65_HS1-834228961_62-HQ-83894_Section_6
Agency: FBI
Page 195
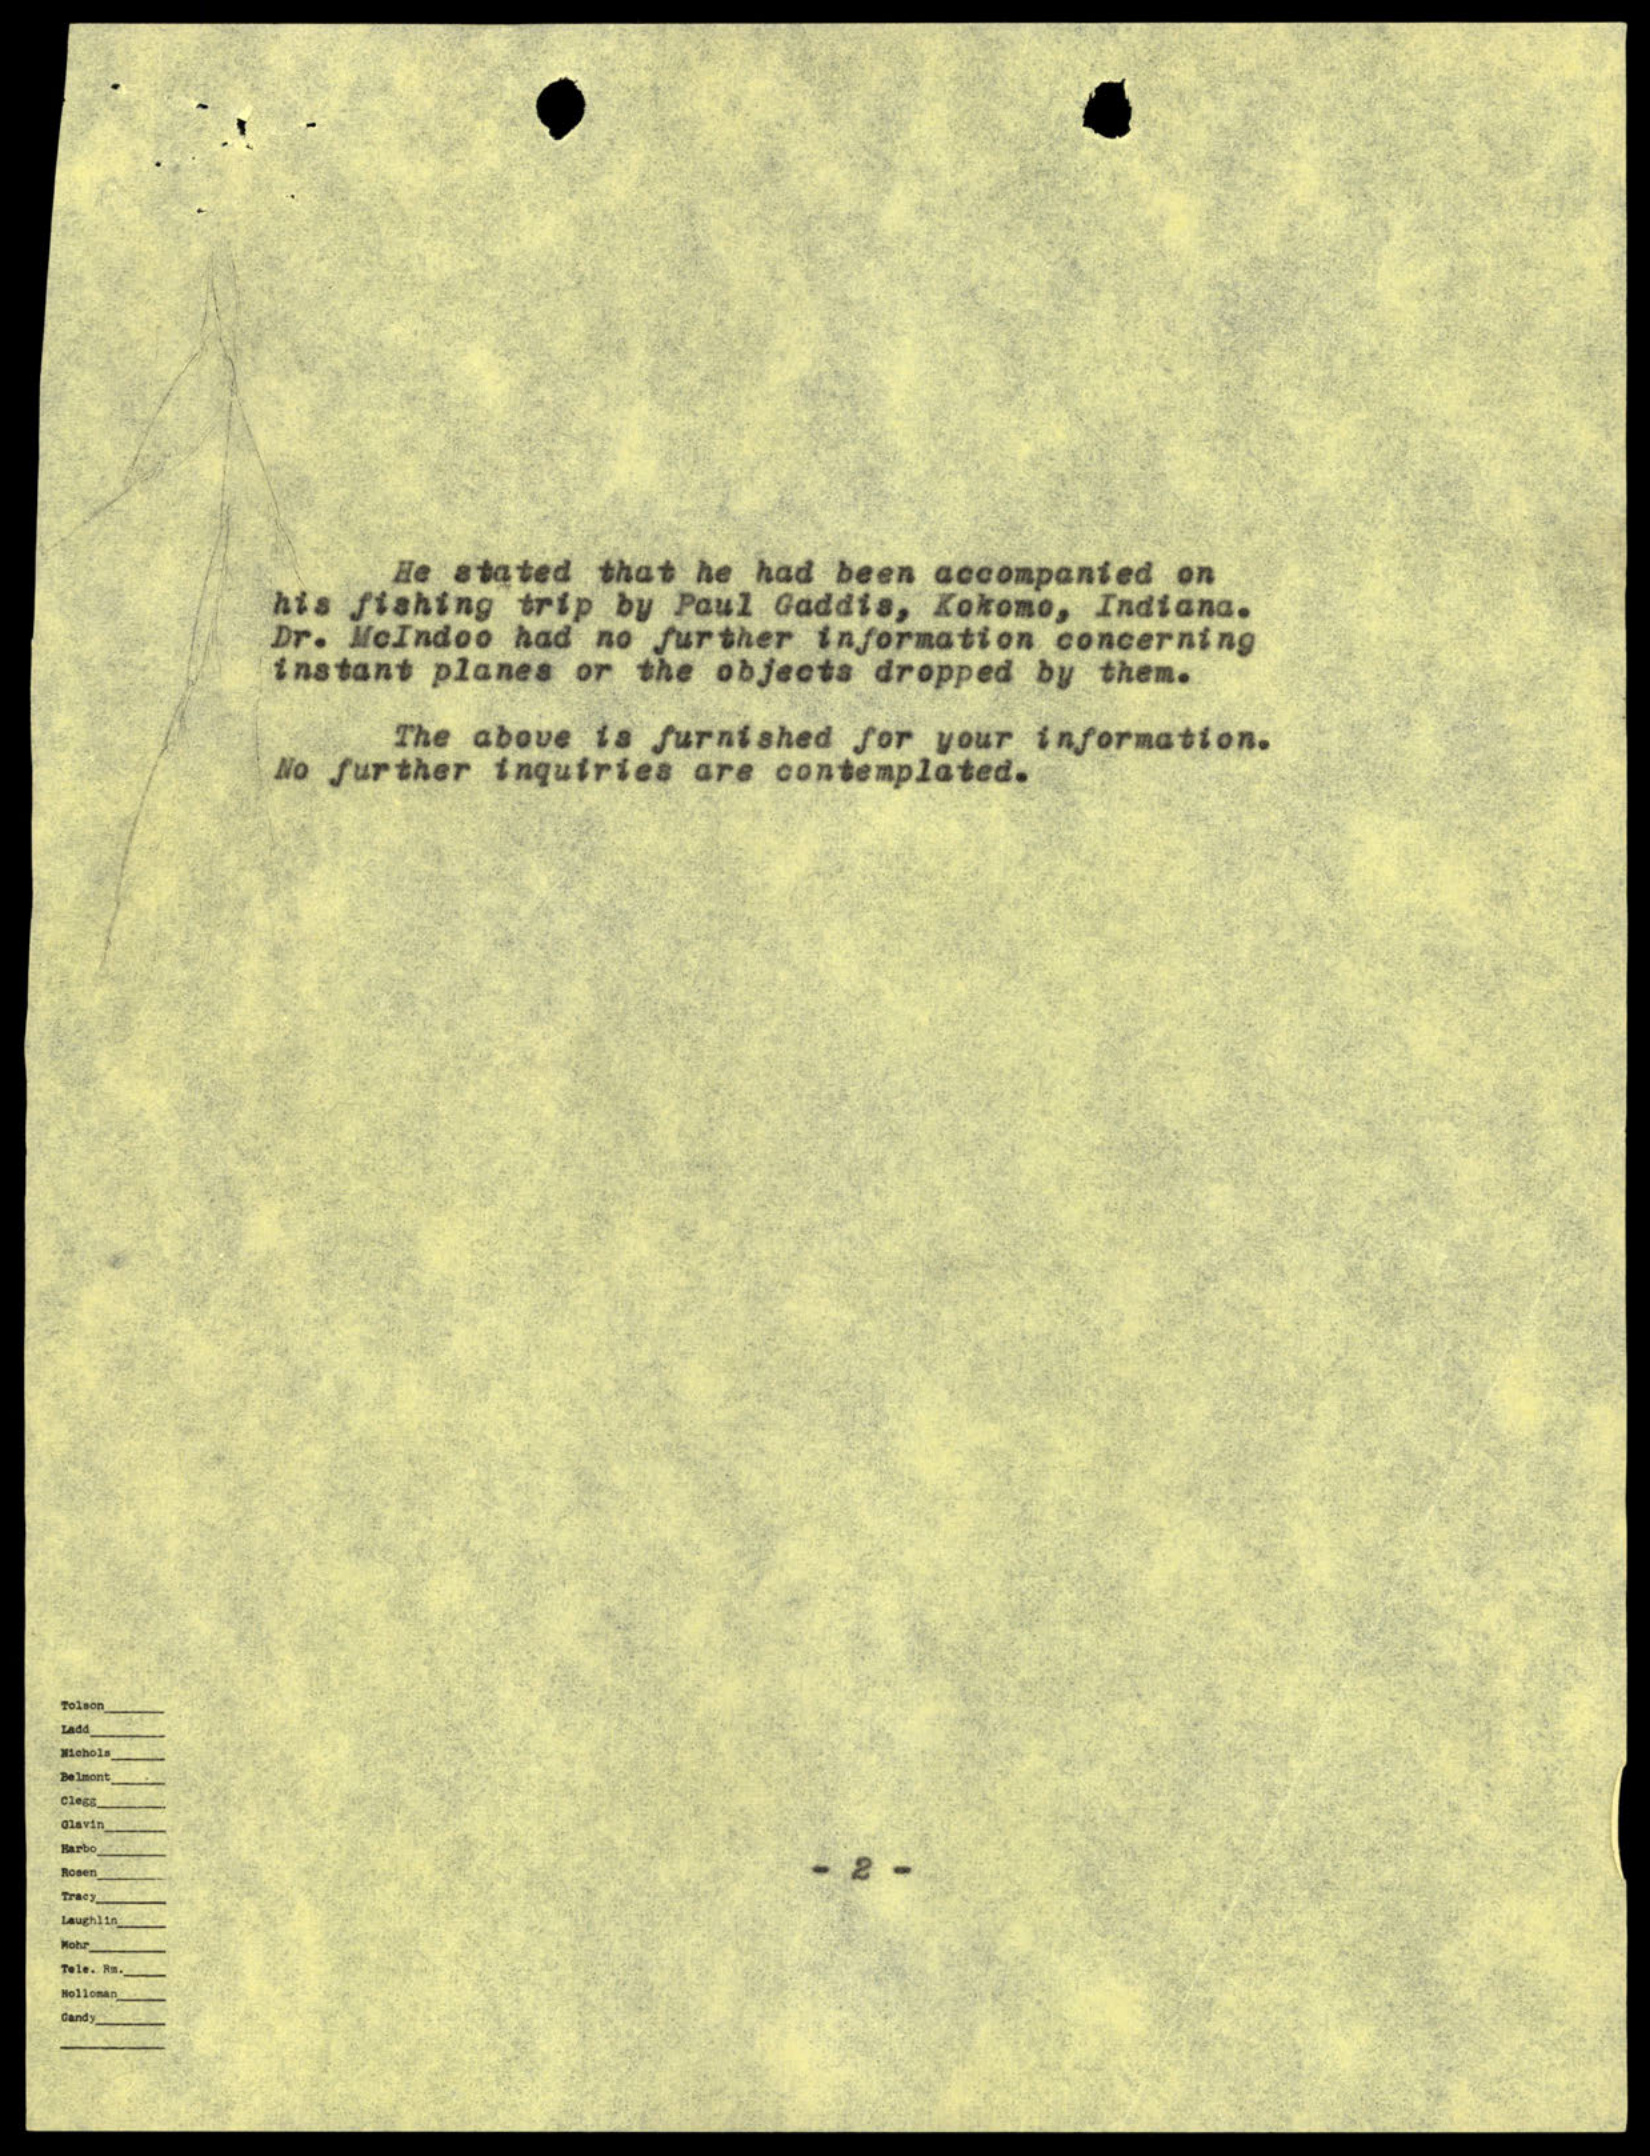